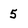
Character: 5